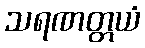
သရဏတ္တယံ